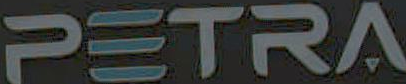
PETRA